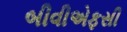
બીવીએફસી